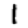
Digit: 1